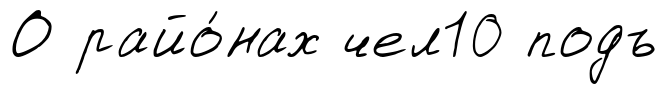
О райо́нах чел10 подъ